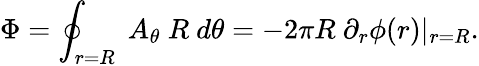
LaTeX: \Phi=\oint_{r=R}\ A_{\theta}\ R\ d\theta=-2\pi R\ \partial_{r}\phi(r)\vert_{r=R}.